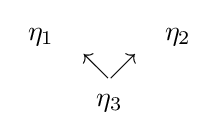
{\begin{array}{ccc}\eta _{1}&&\eta _{2}\\&\nwarrow \nearrow \\&\eta _{3}\end{array}}